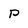
Character: P